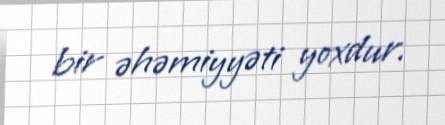
bir əhəmiyyəti yoxdur.